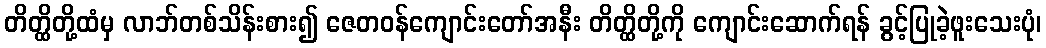
တိတ္ထိတို့ထံမှ လာဘ်တစ်သိန်းစား၍ ဇေတဝန်ကျောင်းတော်အနီး တိတ္ထိတို့ကို ကျောင်းဆောက်ရန် ခွင့်ပြုခဲ့ဖူးသေးပုံ၊